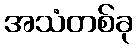
အသံတစ်ခု